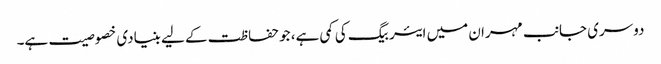
دوسری جانب مہران میں ایئربیگ کی کمی ہے، جو حفاظت کے لیے بنیادی خصوصیت ہے۔